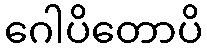
ဂေါပိတောပိ